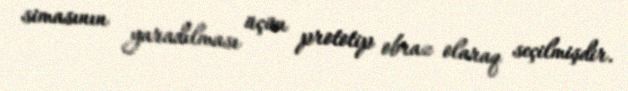
simasının yaradılması üçün prototip obraz olaraq seçilmişdir.